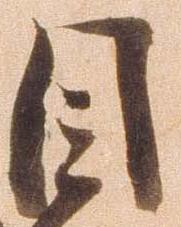
目